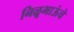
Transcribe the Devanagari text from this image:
निळूभाऊंचे